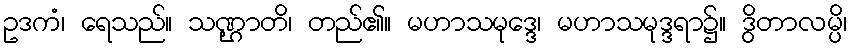
ဥဒကံ၊ ရေသည်။ သဏ္ဌာတိ၊ တည်၏။ မဟာသမုဒ္ဒေ၊ မဟာသမုဒ္ဒရာ၌။ ဒွိတာလမ္ပိ၊